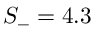
S _ { - } = 4 . 3